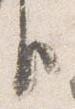
臣